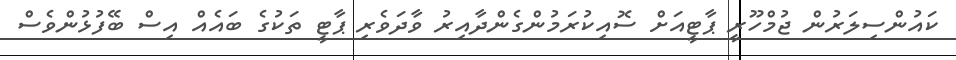
ކައުންސިލަރުން ޖުމްހޫރީ ޕާޓީއަށް ސޮއިކުރަމުންގެންދާއިރު ވާދަވެރި ޕާޓީ ތަކުގެ ބައެއް އިސް ބޭފުޅުންވެސް